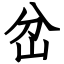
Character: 岔